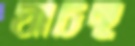
যাচছ